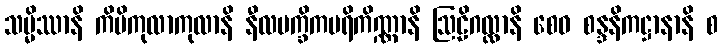
သမ္မိဿာနိ ကိမိကုလာကုလာနိ နီလမက္ခိကပရိကိဏ္ဏာနိ ဩဠိဂလ္လာနိ စေဝ စန္ဒနိကဋ္ဌာနာနိ စ